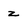
Character: z